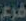
فرع